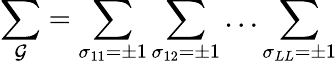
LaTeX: \sum_{\mathcal{G}}=\sum_{\sigma_{11}=\pm1}\sum_{\sigma_{12}=\pm1}\dots\sum_{\sigma_{LL}=\pm1}